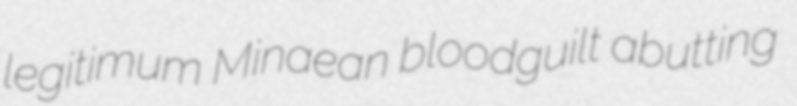
legitimum Minaean bloodguilt abutting